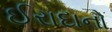
ઈરાદાનો